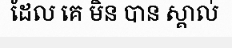
ដែល គេ មិន បាន ស្គាល់